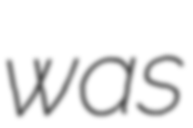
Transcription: was